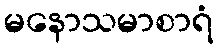
မနောသမာစာရံ